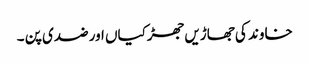
خاوند کی جھاڑیں جھڑکیاں اور ضدی پن ۔